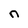
Character: n